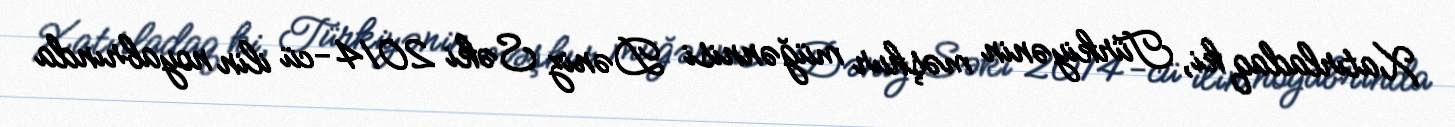
Xatırladaq ki, Türkiyənin məşhur müğənnisi Dəniz Səki 2014-cü ilin noyabrında